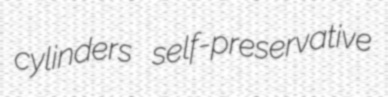
cylinders self-preservative